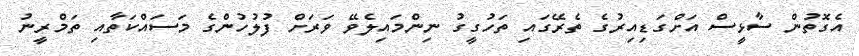
އެގޮތުން ސާޅީސް އަށްގަޑިއިރުގެ ތެރޭގައި ތަހުގީގު ނިންމައިލެވޭ ވަރަށް ފުލުހުންގެ މަސައްކަތާއި ތަމްރީނު